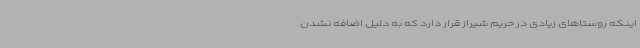
اینکه روستاهای زیادی در حریم شیراز قرار دارد که به دلیل اضافه نشدن